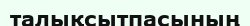
талықсытпасының